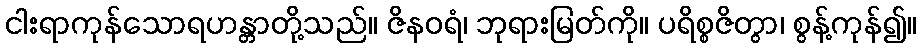
ငါးရာကုန်သောရဟန္တာတို့သည်။ ဇိနဝရံ၊ ဘုရားမြတ်ကို။ ပရိစ္စဇိတွာ၊ စွန့်ကုန်၍။